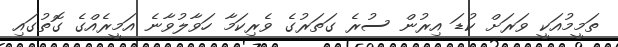
ތަމީމުއަކީ ވަރަށް ކުޑަ އިރުން ސުރެ ގަތަރުގެ ވެރިކަމާ ހަވާލުވާނެ އަމީރެއްގެ ގޮތުގައި